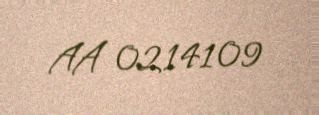
AA 0214109